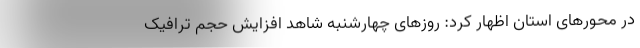
در محورهای استان اظهار کرد: روزهای چهارشنبه شاهد افزایش حجم ترافیک